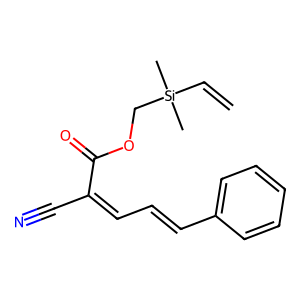
SMILES: C=C[Si](C)(C)COC(=O)C(C#N)=CC=Cc1ccccc1
Inhibits HIV replication: No